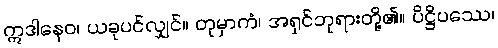
ဣဒါနေဝ၊ ယခုပင်လျှင်။ တုမှာကံ၊ အရှင်ဘုရားတို့၏။ ပိဋ္ဌိပဿေ၊